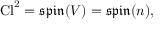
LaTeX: \operatorname { C l } ^ { 2 } = { \mathfrak { s p i n } } ( V ) = { \mathfrak { s p i n } } ( n ) ,